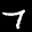
Label: 7